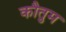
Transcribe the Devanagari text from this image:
कौतुम